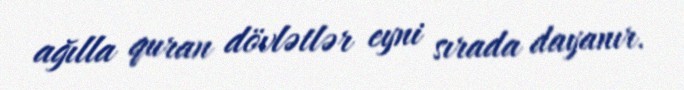
ağılla quran dövlətlər eyni sırada dayanır.